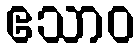
ဧသာဝ